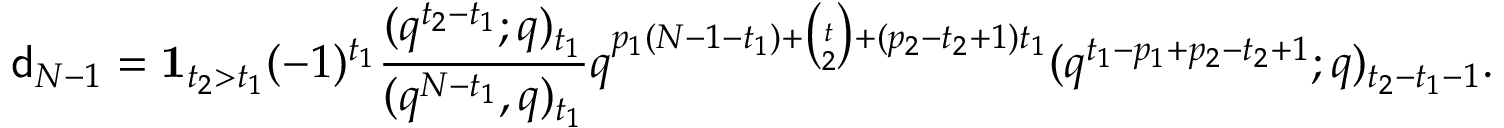
\mathsf { d } _ { N - 1 } = \mathbf { 1 } _ { t _ { 2 } > t _ { 1 } } ( - 1 ) ^ { t _ { 1 } } \frac { ( q ^ { t _ { 2 } - t _ { 1 } } ; q ) _ { t _ { 1 } } } { ( q ^ { N - t _ { 1 } } , q ) _ { t _ { 1 } } } q ^ { p _ { 1 } ( N - 1 - t _ { 1 } ) + \binom { t } 2 + ( p _ { 2 } - t _ { 2 } + 1 ) t _ { 1 } } ( q ^ { t _ { 1 } - p _ { 1 } + p _ { 2 } - t _ { 2 } + 1 } ; q ) _ { t _ { 2 } - t _ { 1 } - 1 } .